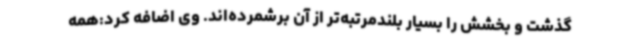
گذشت و بخشش را بسیار بلندمرتبه‌تر از آن برشمرده‌اند. وی اضافه کرد:همه